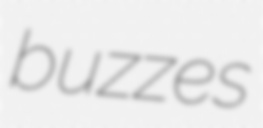
buzzes